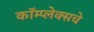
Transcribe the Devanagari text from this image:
कॉम्प्लेक्सचे